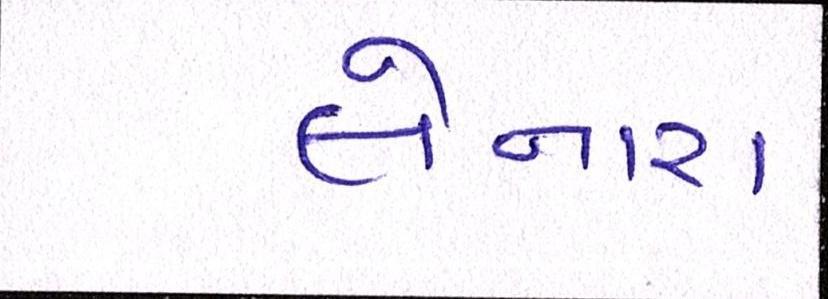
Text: લેનારા